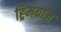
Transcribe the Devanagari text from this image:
ह्र्मियाज